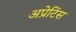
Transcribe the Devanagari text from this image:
अप्रेटिंस